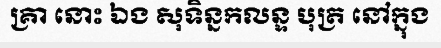
គ្រា នោះ ឯង សុទិន្នកលន្ទ បុត្រ នៅក្នុង